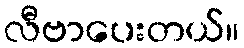
လီဗာပေးတယ်။